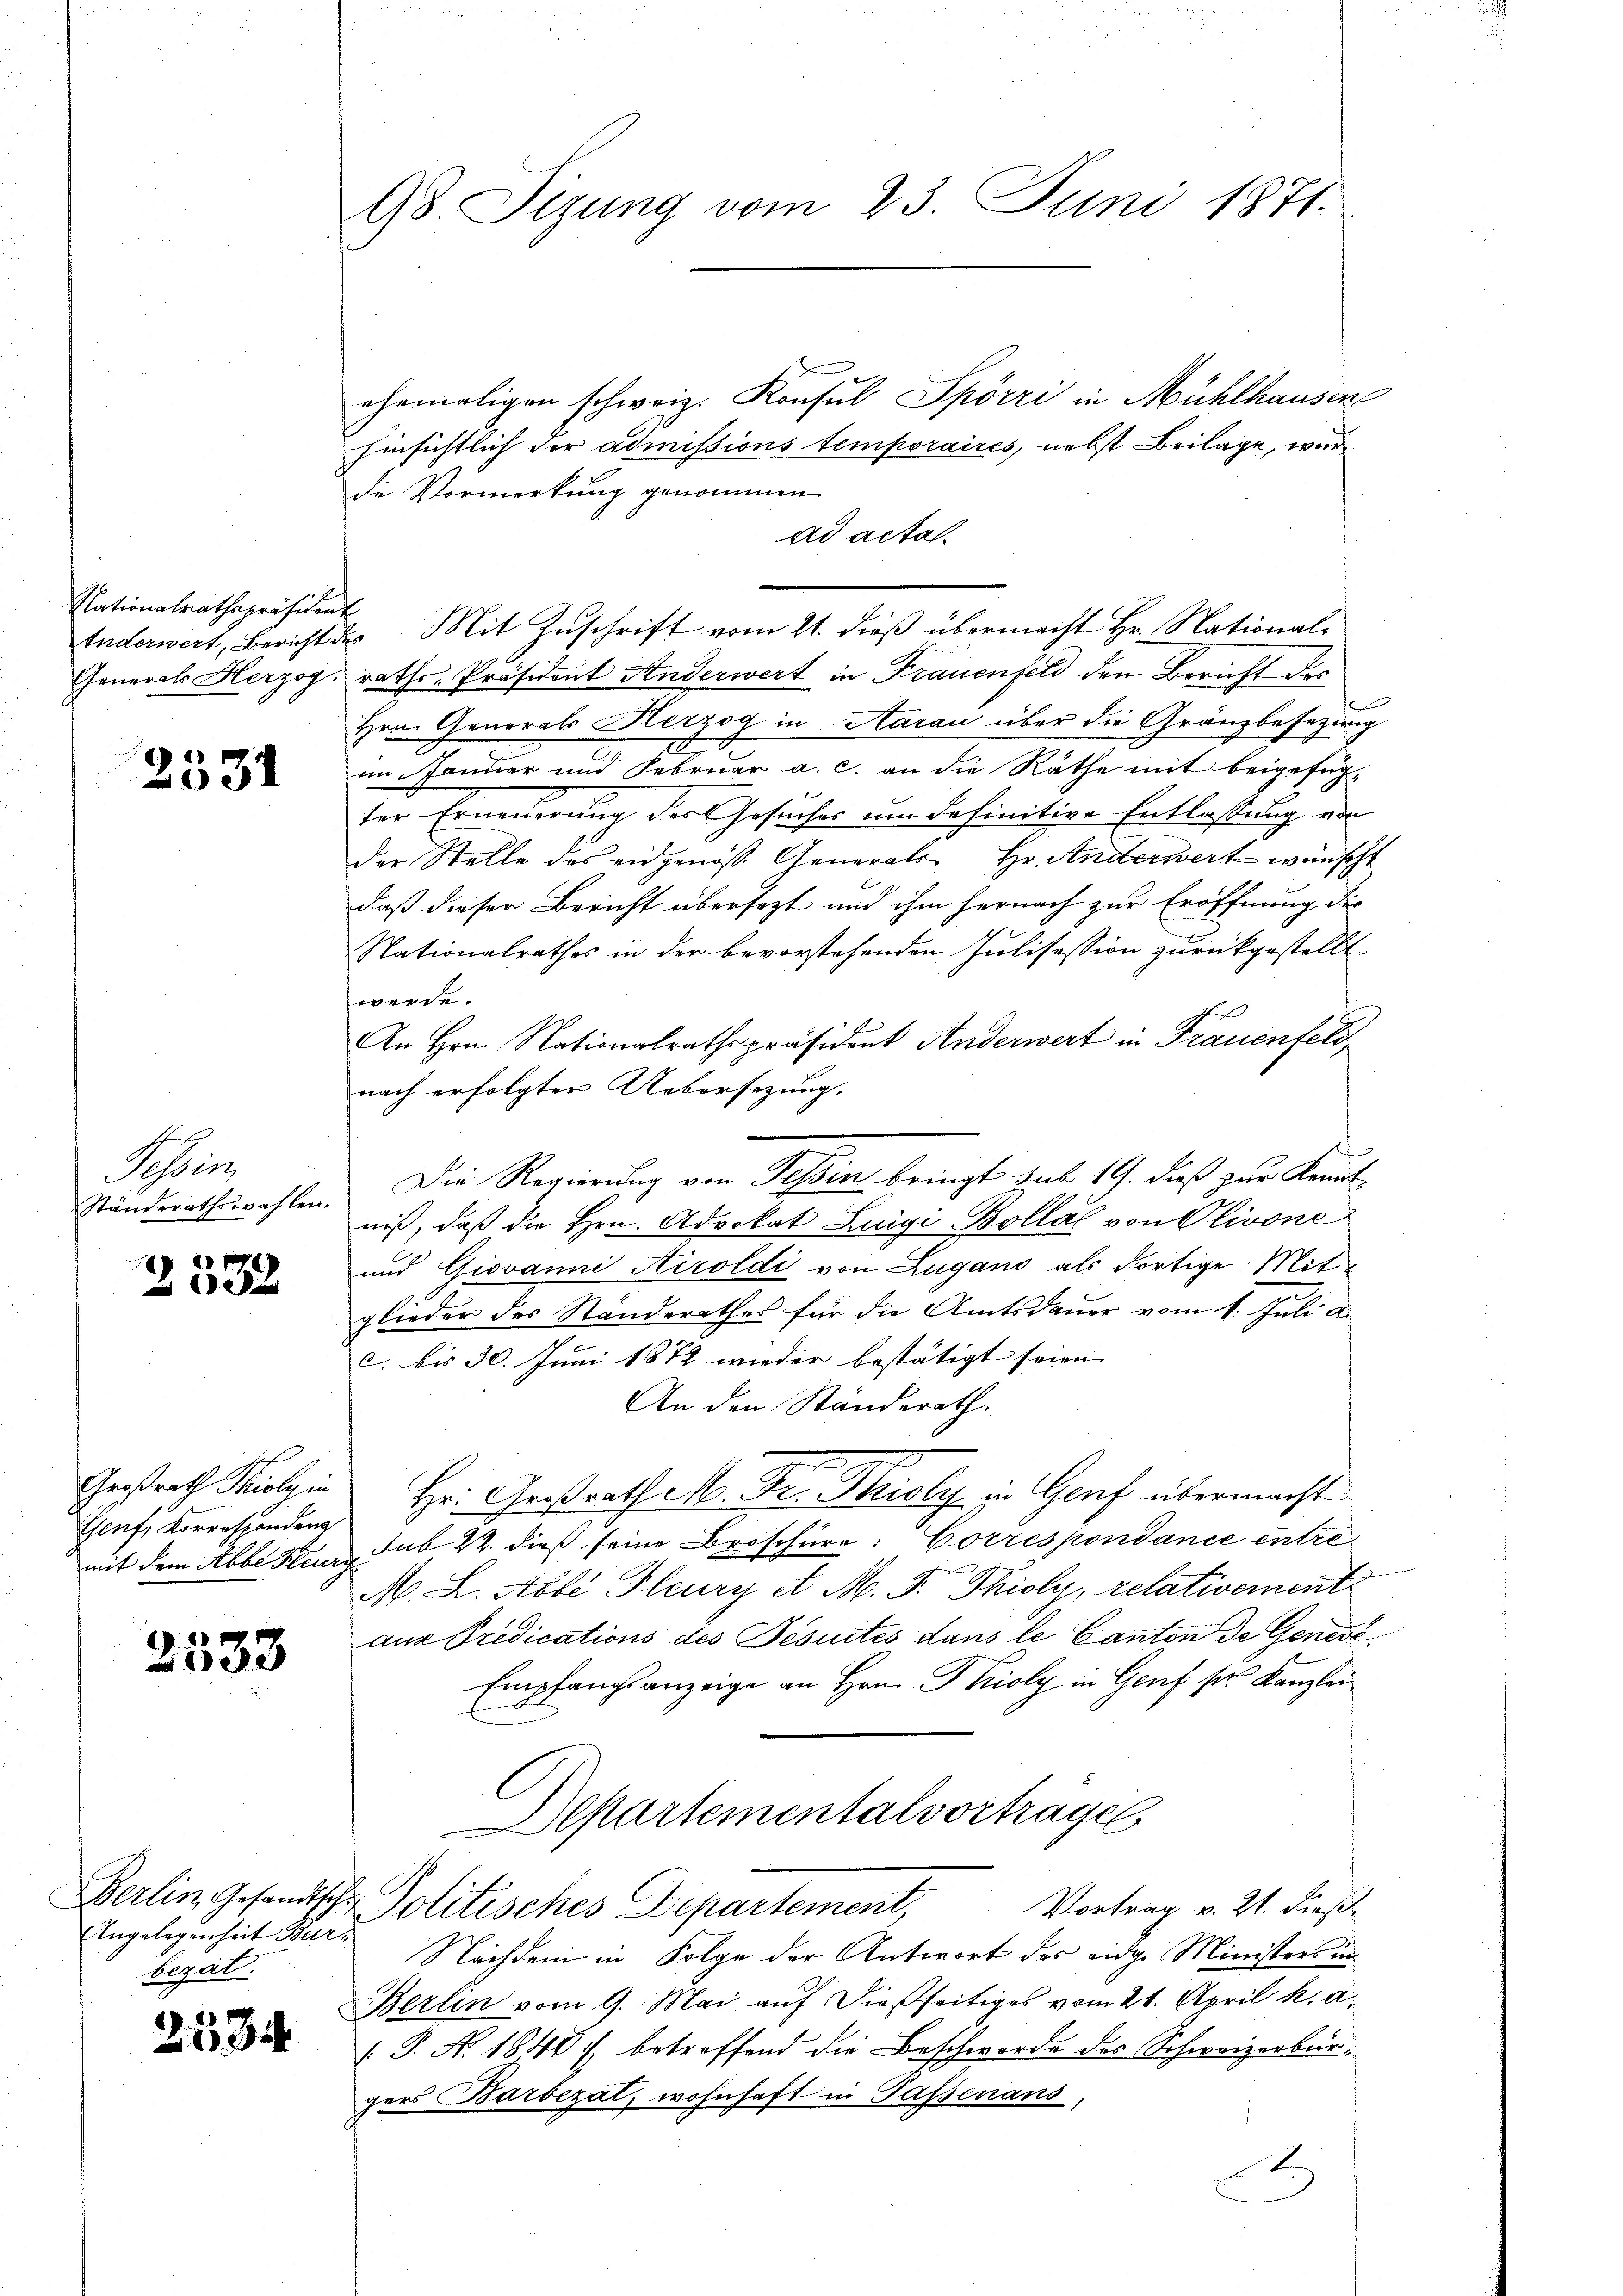
Nationalrathspräsident

2531

Schweis

2532

Genf, Korrespondenz

2533

Angelegenheit Bars
bezal.

2535

98. Sizung vom 23. Juni 1871.

ehemaligen schweiz. Konsul Spörri in Mühlhausen
hinsichtlich der admissions temporaires, nebst Beilage, wurde Vormerkung genommen
ad acta.
tnderwert, Bericht des Mit Zŭschrift vom 21. dieß übermacht Hr. National-
Generals Herzog raths-Präsident Anderwert in Frauenfeld den Bericht des
Hrn. Generals Herzog in Aarau über die Gränzbesetzung
im Januar und Februar a. c. an die Räthe mit beigefügter Erneuerung der Gesuches um definitive Entlassung von
der Stelle des eidgenöß Generals Hr. Anderwert wünsch.
daß dieser Bericht übersezt und ihm hernach zur Eröffnung der
Nationalrathes in der bevorstehenden Julisession zurückgestellt
werde.
An Hrn. Nationalrathspräsident Anderwert in Frauenfeli
nach erfolgter Uebersezung.
.
Ständerathswahlen. Die Regierung von Tessin bringt sub 19. dieß zur Kenntniß, daß die Hrn. Advokat Luigi Bollal von Olivone
und Giovanni Airoldi von Lugano als dortige Mitglieder des Standerathes für die Amtsdauer vom 1. Juli d
h
c. bis 30. Juni 1872 wieder bestätigt seien. |
An den Ständerath.
Gestrath Kolgie Hr. Großrath M. Dr. Thioly in Genf übermacht
mit dem Abbe Steur sub 22. dieß seine Broschüre: Correspondance entre¬
M. L. Abbe Flury et M. J. Thioly, relativement
aus Predications des Jesuités dans le Canton de Genevi
Empfangsanzeige an Hrn. Poly in Genf sr. Kanzlei
Departementalvortrage
Berlin, Gesandtsche Politisches Departement,
Vortrag v. 21. dieß.
Nachdem in Folge der Antwort des eidge Ministers in
Berlin vom 9. Mai auf dießseitiges vom 21. April h. a.
J. A. 1848 f. betreffend die Beschwerde des Schweizerbürgers Barbezat, wohnhaft in Passenans,

A